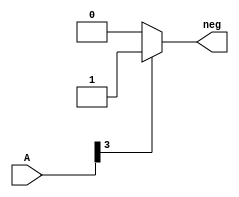
module signa(neg,A);
//this module is used to get the sign of an input 4-digit number 
    input [3:0] A; 
    output neg;
    reg neg;
    always @ (A)
    if (A[3] == 1)
    begin 
        neg =1;
    end
    else
    neg =0;
endmodule

//***************************************************************

module compar(A,B,signA,signB,CMP1, CMP2,CMP3); 
//This module implement the compare code for input of two 3-digit numbers using signa().
    input [3:0] A; 
    input [3:0] B; 
    output signA,signB,CMP1,CMP2,CMP3;
    reg CMP1,CMP2,CMP3; 
    signa forA(signA,A);
    signa forB(signB,B);
    always @ (A or B or signA or signB) // performs check for four different cases
    if(signA==1 && signB==0)
        begin
            CMP1 = 0;
            CMP2 = 0;
            CMP3 = 1;
        end
    else if(signA==0 && signB==1)
        begin 
            CMP1 = 1;
            CMP2 = 0;
            CMP3 = 0;
        end 
    else if (A > B )
        begin 
            CMP1 = 1;
            CMP2 = 0;
            CMP3 = 0;
        end 
    else if (A == B)
        begin 
            CMP1 = 0;
            CMP2 = 1;
            CMP3 = 0;
        end 
    else
        begin 
            CMP1 = 0;
            CMP2 = 0;
            CMP3 = 1;
        end 
endmodule 

//***************************************************************

module testbench;
//This module tests the functionality of compare() module
    reg Input,Clk;
    wire Out;
    reg [3:0] A;
    wire a,b,c,OutA,OutB,signA,signB,CMP1,CMP2,CMP3;
    reg [3:0] B;
    initial
    begin
        A=4'b0000;//input1
        B=4'b0000;//input2
    end
    initial
    begin
        #1 A=-8;B=-5;
        #1 A=2; B=7;
        #1 A=5; B=-1;
    end
    compar c1(A,B,signA,signB,CMP1,CMP2,CMP3); //make an instance of compar()
    initial 
    begin
        $monitor($time,"A=%b, B=%b AgrB=%b, AeqB=%b, AltB=%b",A,B,CMP1,CMP2,CMP3);
    end
    initial
    begin
        #5 $finish;
    end 
endmodule